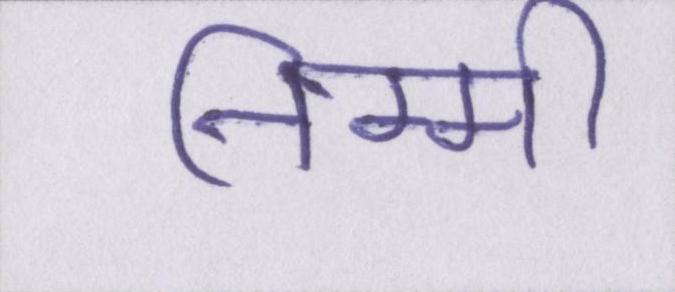
निम्मी